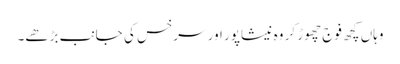
وہاں کچھ فوج چھوڑ کر وہ نیشاپور اور سرخس کی جانب بڑھے۔